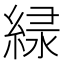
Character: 𫃱